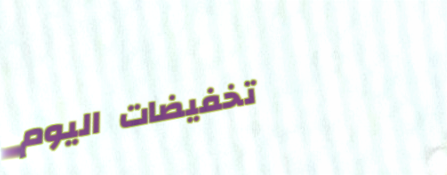
تخفيضات اليوم